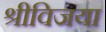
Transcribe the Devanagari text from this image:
श्रीविजया